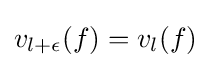
v_{l+\epsilon }(f)=v_{l}(f)